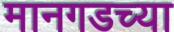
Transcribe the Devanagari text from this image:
मानगडच्या